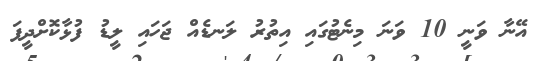
އޭނާ ވަނީ 10 ވަނަ މިނެޓުގައި އިތުރު ލަނޑެއް ޖަހައި ލީޑު ފުޅާކޮށްދީފަ